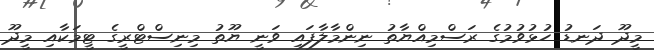
މީދޫ ދަނޑު ހުޅުވުމުގެ ރަސްމިއްޔާތު ނިންމާލާފައި ވަނީ ޔޫތު މިނިސްޓްރީގެ ޓީމަކާއި މީދޫ